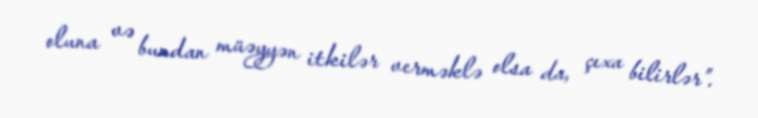
oluna və bundan müəyyən itkilər verməklə olsa da, çıxa bilirlər”.